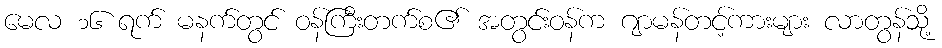
မေလ ၁၆ ရက် မနက်တွင် ဝန်ကြီးတက်စ၏ အတွင်းဝန်က ဂျာမန်တင့်ကားများ လာတွန်သို့